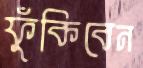
ফুঁকিবেন